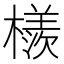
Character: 檨